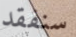
سنفقد